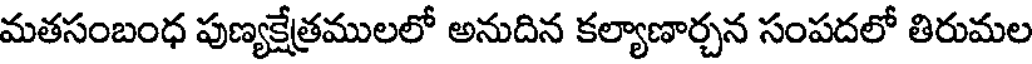
మతసంబంధ పుణ్యక్షేత్రములలో అనుదిన కల్యాణార్చన సంపదలో తిరుమల